65_HS1-834228961_62-HQ-83894_Section_9
Agency: FBI
Page 264
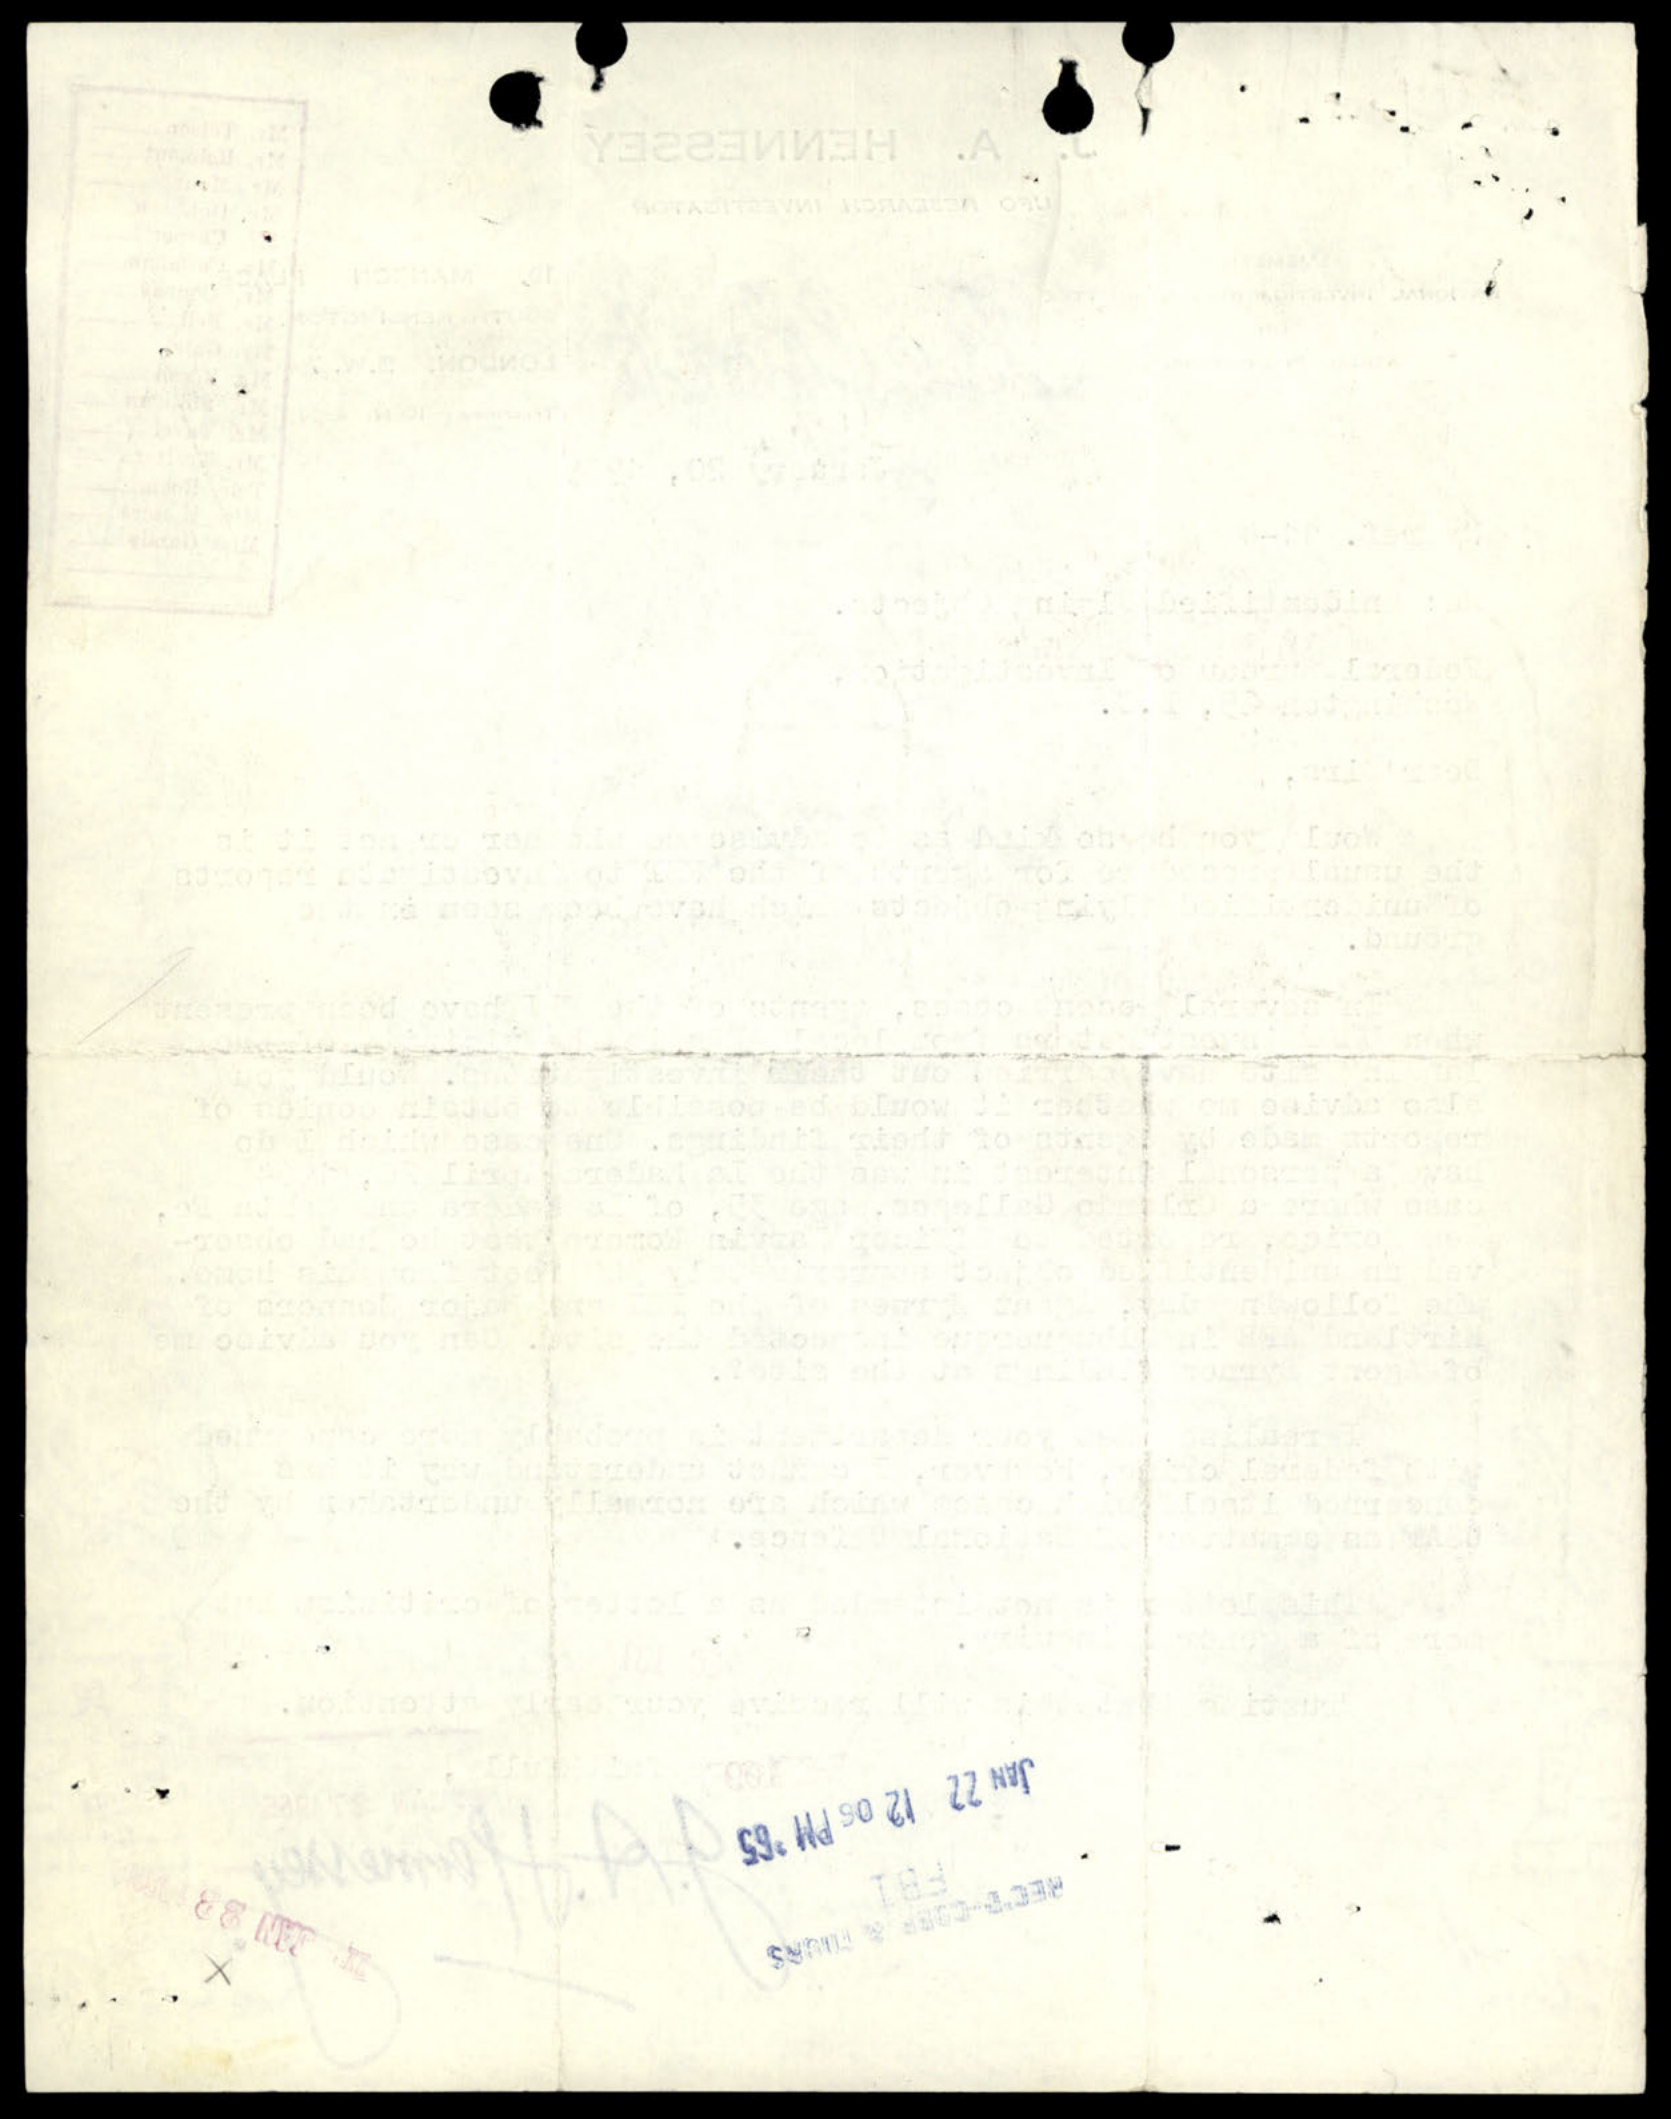